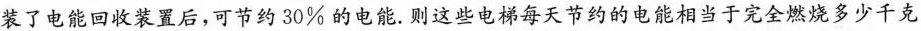
装了电能回收装置后，可节约30\%的电能。 则这些电梯每天节约的电能相当于完全燃烧多少千克